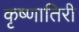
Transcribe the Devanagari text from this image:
कृष्णातिरी